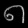
Digit: ၈